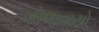
બોલાવાયો